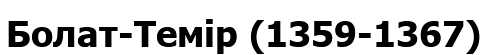
Болат-Темір (1359-1367)